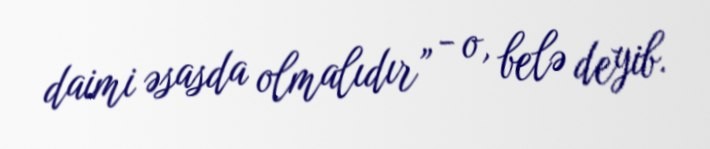
daimi əsasda olmalıdır” - o, belə deyib.